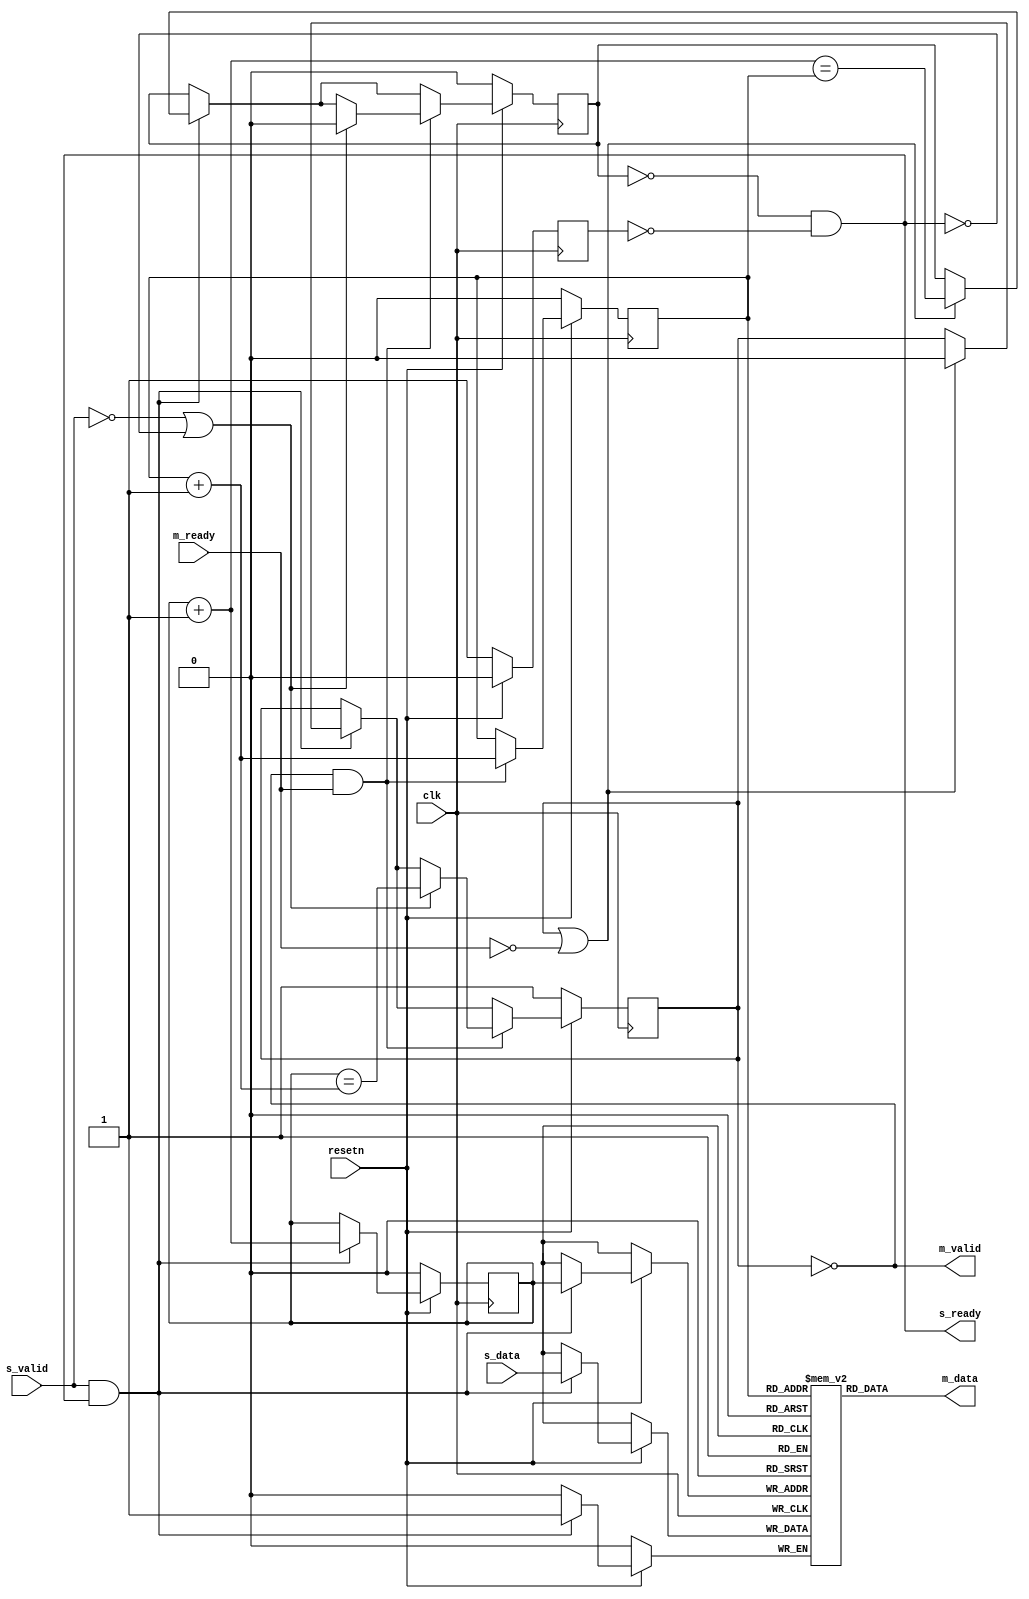
//-
// Copyright (c) 2020-2021 Jessica Clarke
//
// @BERI_LICENSE_HEADER_START@
//
// Licensed to BERI Open Systems C.I.C. (BERI) under one or more contributor
// license agreements.  See the NOTICE file distributed with this work for
// additional information regarding copyright ownership.  BERI licenses this
// file to you under the BERI Hardware-Software License, Version 1.0 (the
// "License"); you may not use this file except in compliance with the
// License.  You may obtain a copy of the License at:
//
//   http://www.beri-open-systems.org/legal/license-1-0.txt
//
// Unless required by applicable law or agreed to in writing, Work distributed
// under the License is distributed on an "AS IS" BASIS, WITHOUT WARRANTIES OR
// CONDITIONS OF ANY KIND, either express or implied.  See the License for the
// specific language governing permissions and limitations under the License.
//
// @BERI_LICENSE_HEADER_END@
//

module handshake_register_slice #(
  parameter integer DATA_WIDTH = 1,
  parameter integer LOG2_DEPTH = 1
) (
  input clk,
  input resetn,

  input s_valid,
  output s_ready,
  input [DATA_WIDTH-1:0] s_data,
  output m_valid,
  input m_ready,
  output [DATA_WIDTH-1:0] m_data
);

  localparam integer DEPTH = 1 << LOG2_DEPTH;

  reg rg_resetting;

  reg [LOG2_DEPTH-1:0] rg_head;
  reg [LOG2_DEPTH-1:0] rg_tail;
  reg rg_full;
  reg rg_empty;
  reg [DATA_WIDTH-1:0] rg_data [DEPTH-1:0];

  // Use wires rather than inlining to force truncation
  wire [LOG2_DEPTH-1:0] w_next_head;
  wire [LOG2_DEPTH-1:0] w_next_tail;

  always @(posedge clk) begin
    if (!resetn) begin
      rg_resetting <= 1'b1;

      rg_head <= {LOG2_DEPTH{1'b0}};
      rg_tail <= {LOG2_DEPTH{1'b0}};
      rg_full <= 1'b0;
      rg_empty <= 1'b1;
    end
    else begin
      rg_resetting <= 1'b0;

      if (s_valid && s_ready) begin
        rg_data[rg_head] <= s_data;
        rg_head <= w_next_head;
        if (!m_valid || !m_ready) begin
          rg_empty <= 1'b0;
          rg_full <= w_next_head == rg_tail;
        end
      end

      if (m_valid && m_ready) begin
        rg_tail <= w_next_tail;
        if (!s_valid || !s_ready) begin
          rg_empty <= rg_head == w_next_tail;
          rg_full <= 1'b0;
        end
      end
    end
  end

  assign w_next_head = rg_head + 1;
  assign w_next_tail = rg_tail + 1;

  assign s_ready = !rg_full && !rg_resetting;
  assign m_valid = !rg_empty;
  assign m_data = rg_data[rg_tail];

endmodule